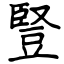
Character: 豎